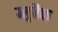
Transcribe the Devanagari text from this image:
ब्लुबैक